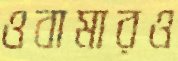
ওবামারও